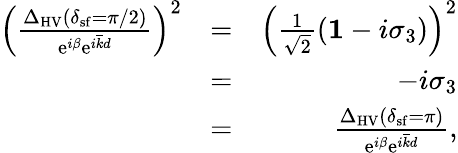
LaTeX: \begin{array}{rlr}{\left(\frac{\Delta_{\mathrm{HV}}(\delta_{\mathrm{sf}}=\pi/2)}{\mathrm{e}^{i\beta}\mathrm{e}^{i\overline{{k}}d}}\right)^{2}}&{=}&{\left(\frac{1}{\sqrt{2}}\left({\mathbf 1}-i\sigma_{3}\right)\right)^{2}}\\ &{=}&{-i\sigma_{3}}\\ &{=}&{\frac{\Delta_{\mathrm{HV}}(\delta_{\mathrm{sf}}=\pi)}{\mathrm{e}^{i\beta}\mathrm{e}^{i\overline{{k}}d}},}\end{array}